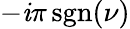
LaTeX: -\mathit{i}\pi\operatorname{sgn}(\nu)